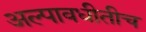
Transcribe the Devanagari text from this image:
अल्पावधीतीच